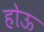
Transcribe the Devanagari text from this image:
होऊ